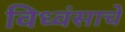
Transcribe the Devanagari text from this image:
विध्वंसाचे